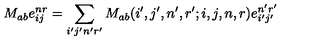
M _ { a b } e _ { i j } ^ { n r } = \sum _ { i ^ { \prime } j ^ { \prime } n ^ { \prime } r ^ { \prime } } M _ { a b } ( i ^ { \prime } , j ^ { \prime } , n ^ { \prime } , r ^ { \prime } ; i , j , n , r ) e _ { i ^ { \prime } j ^ { \prime } } ^ { n ^ { \prime } r ^ { \prime } }